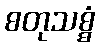
စတုသစ္စံ